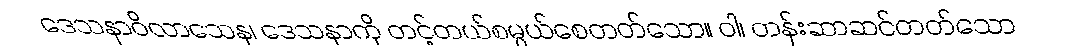
ဒေသနာဝိလာသေန၊ ဒေသနာကို တင့်တယ်စမ္ပယ်စေတတ်သော။ ဝါ၊ တန်းဆာဆင်တတ်သော